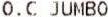
O.C JUMBO